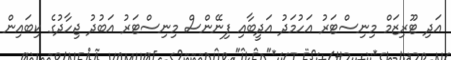
އަދި ޓޫރިޒަމް މިނިސްޓަރު އަހުމަދު އަދީބާއި ފިނޭންސް މިނިސްޓަރު އަބުދު ޖިހާދުގެ ކިބައިން